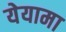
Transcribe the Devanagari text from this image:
येयामा